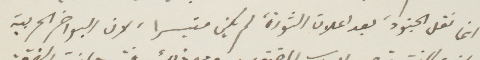
انما نقل الجنود، بعد اعلان الثورة، لم يكن متيسرا، لأن اللواخر الحربية